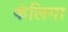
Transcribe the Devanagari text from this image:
कंलिगा